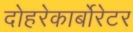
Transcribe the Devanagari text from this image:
दोहरेकार्बोरेटर